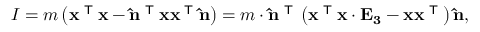
I = m \left( \mathbf { x } ^ { \textsf { T } } \mathbf { x } - \mathbf { \hat { n } } ^ { \textsf { T } } \mathbf { x } \mathbf { x } ^ { \textsf { T } } \mathbf { \hat { n } } \right) = m \cdot \mathbf { \hat { n } } ^ { \textsf { T } } \left( \mathbf { x } ^ { \textsf { T } } \mathbf { x } \cdot \mathbf { E _ { 3 } } - \mathbf { x } \mathbf { x } ^ { \textsf { T } } \right) \mathbf { \hat { n } } ,